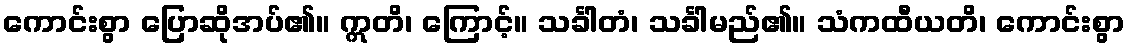
ကောင်းစွာ ပြောဆိုအပ်၏။ ဣတိ၊ ကြောင့်။ သင်္ခါတံ၊ သင်္ခါမည်၏။ သံကထီယတိ၊ ကောင်းစွာ